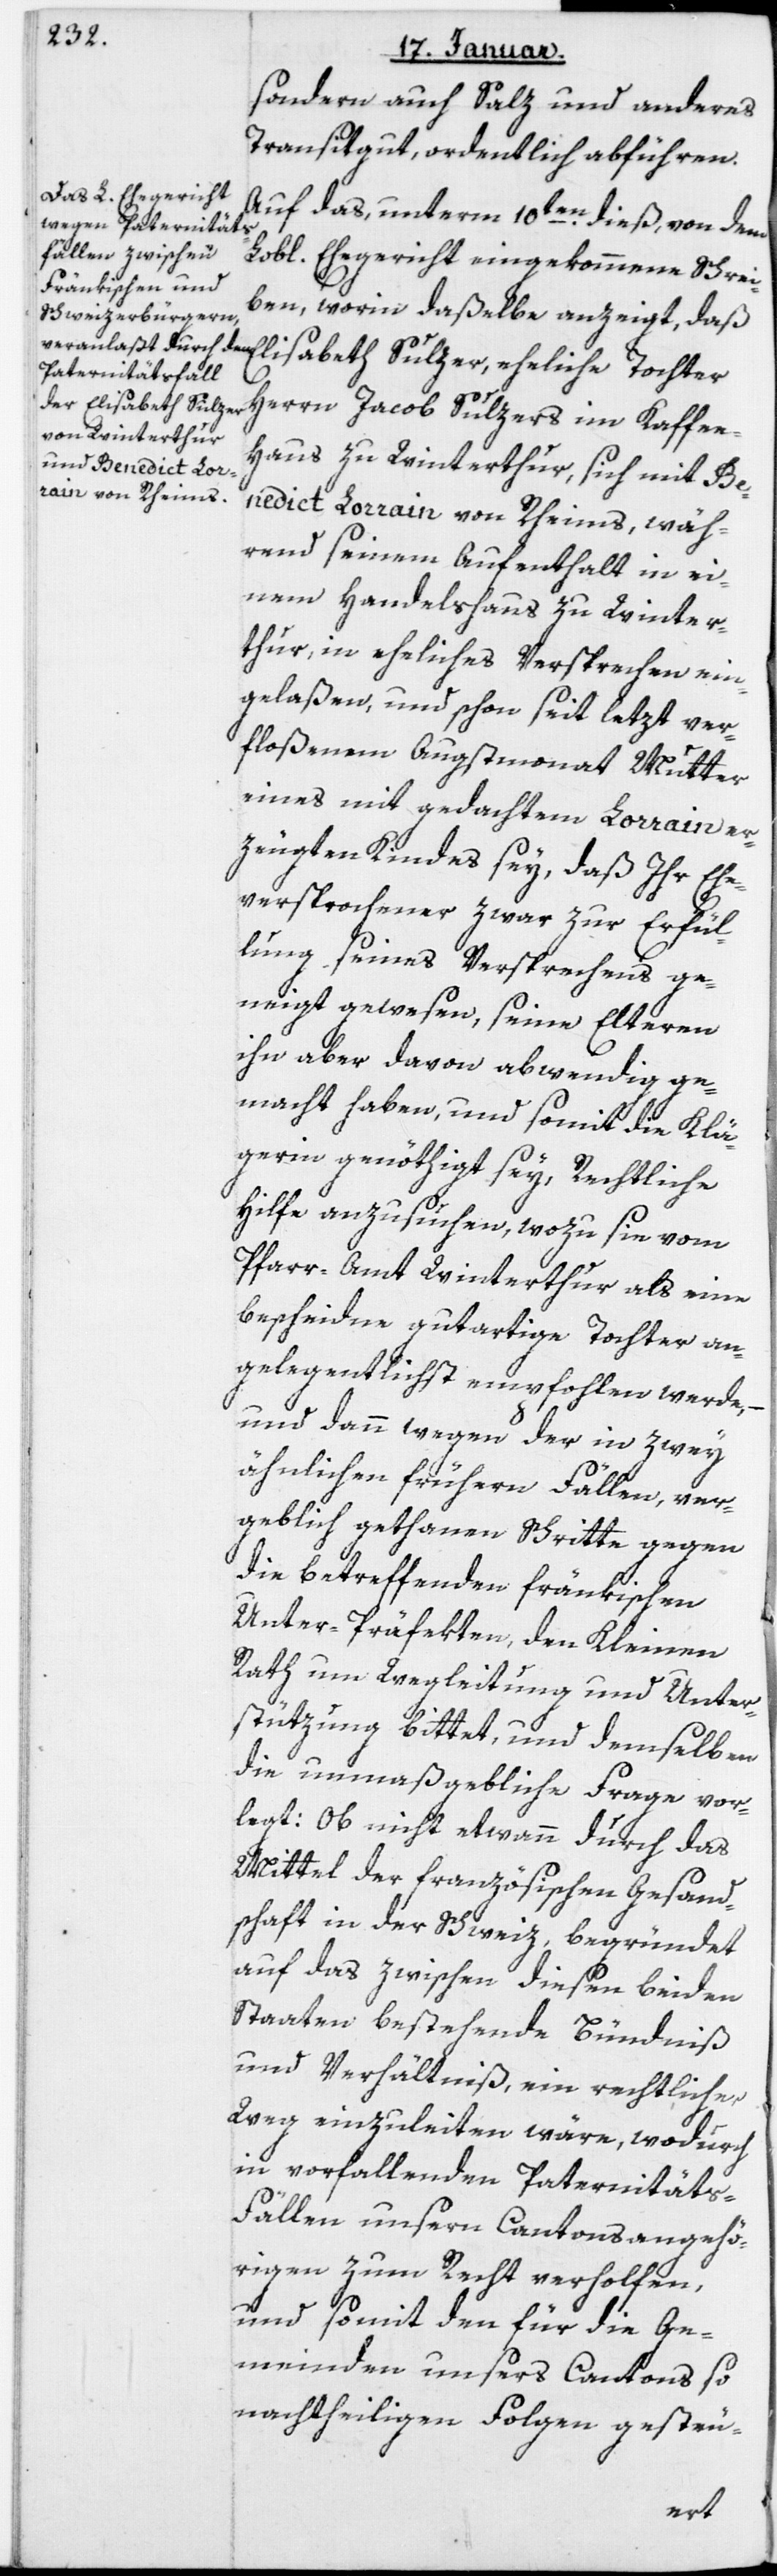
sondern auch Salz und anderes
Transitgut ordentlich abführen.
Auf das, unterm 10ten dieß, von dem
Lobl. Ehegericht eingekommene Schrei¬
ben, worin daßelbe anzeigt, daß
Elisabeth Sulzer,
Herrn Jacob Sulzers im Kaffe¬
e-Haus zu Winterthur, sich mit Be¬
nedict Lorrain von Rheims, wäh¬
rend seinem Aufenthalt in ei¬
nem Handelshaus zu Winter¬
thur, in eheliches Versprechen ein¬
gelaßen, und schon seit letzt ver¬
floßenem Augstmonat Mutter
eines mit gedachtem Lorrain er¬
zeugten Kinde sey, daß Ihr Ehe¬
versprochener zwar zur Erfül¬
lung seines Versprechens ge¬
neigt gewesen, seine Elteren
ihn aber davon abwendig ge¬
macht haben, und somit die Klä¬
gerin genöthigt sey, Rechtliche
Hilfe anzusuchen, wozu sie vom
Pfarramt Winterthur als eine
bescheidene gutartige Tochter an¬
gelegentlichst empfohlen werde, –
und dann wegen der in zwey
ähnlichen frühern Fällen, ver¬
geblich gethanen Schritte gegen
die betreffenden fränkischen
Unterpräfekten, den Kleinen
Rath um Wegleitung und Unter¬
stützung bittet, und demselben
die unmaßgebliche Frage vor¬
legt: Ob nicht etwann durch das
Mittel der französischen Gesand¬
tschaft in der Schweiz, begründet
auf das zwischen diesen beyden
Staaten bestehende Bündnis
und Verhältnis, ein rechtlicher
Weg einzuleiten wäre, wodurch
in vorfallenden Paternität¬
s-Fällen unsern Cantonsangehö¬
rigen zum Recht verholfen,
und somit den für die Ge¬
meinden unsers Cantons so
nachtheilige Folgen gesteu-